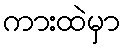
ကားထဲမှာ